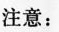
注意：